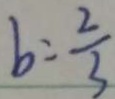
b = \frac { 2 } { 3 }